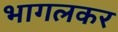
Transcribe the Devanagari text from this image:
भागलकर